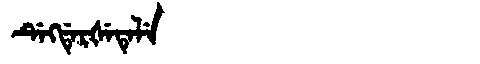
Manchu: ᡩᡝᡴᡩᡝᡵᡧᡝᡨᡝᠯᡝ
Romanization: DEKDERŠETELE